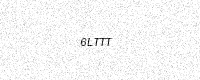
Text: 6LTTT